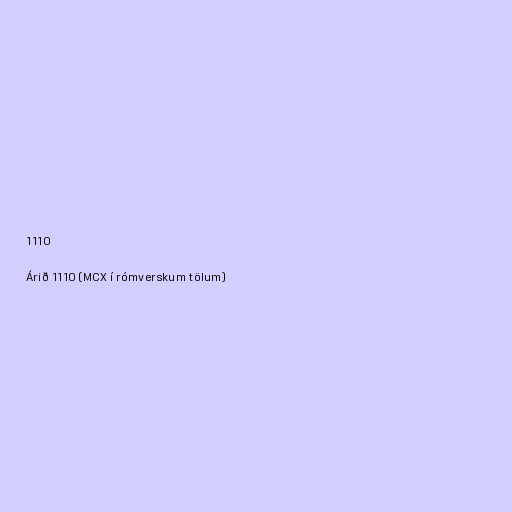
1110

Árið 1110 (MCX í rómverskum tölum)